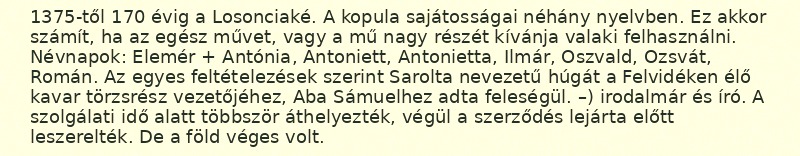
1375-től 170 évig a Losonciaké. A kopula sajátosságai néhány nyelvben. Ez akkor számít, ha az egész művet, vagy a mű nagy részét kívánja valaki felhasználni. Névnapok: Elemér + Antónia, Antoniett, Antonietta, Ilmár, Oszvald, Ozsvát, Román. Az egyes feltételezések szerint Sarolta nevezetű húgát a Felvidéken élő kavar törzsrész vezetőjéhez, Aba Sámuelhez adta feleségül. –) irodalmár és író. A szolgálati idő alatt többször áthelyezték, végül a szerződés lejárta előtt leszerelték. De a föld véges volt.